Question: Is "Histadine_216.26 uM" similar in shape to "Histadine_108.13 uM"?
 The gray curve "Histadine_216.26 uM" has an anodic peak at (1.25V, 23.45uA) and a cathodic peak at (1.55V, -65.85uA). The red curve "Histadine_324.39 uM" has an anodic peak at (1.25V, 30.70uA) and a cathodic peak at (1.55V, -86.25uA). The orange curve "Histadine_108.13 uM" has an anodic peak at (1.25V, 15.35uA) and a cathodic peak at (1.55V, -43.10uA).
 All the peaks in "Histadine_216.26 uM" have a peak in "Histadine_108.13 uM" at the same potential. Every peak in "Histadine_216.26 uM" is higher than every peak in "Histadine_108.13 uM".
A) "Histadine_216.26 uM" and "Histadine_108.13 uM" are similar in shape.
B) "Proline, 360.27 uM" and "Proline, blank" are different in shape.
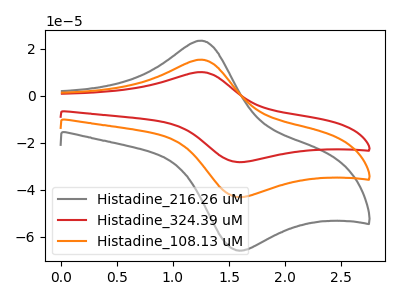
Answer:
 <answer>A) "Histadine_216.26 uM" and "Histadine_108.13 uM" are similar in shape.</answer>
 <eval>A</eval>